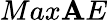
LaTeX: Max\mathbf{A}E